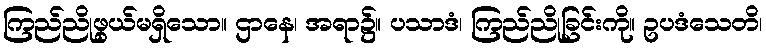
ကြည်ညိုဖွယ်မရှိသော။ ဌာနေ၊ အရာ၌။ ပသာဒံ၊ ကြည်ညိုခြင်းကို။ ဥပဒံသေတိ၊